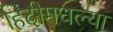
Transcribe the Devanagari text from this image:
हिंदीमधल्या